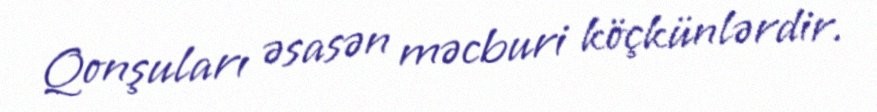
Qonşuları əsasən məcburi köçkünlərdir.